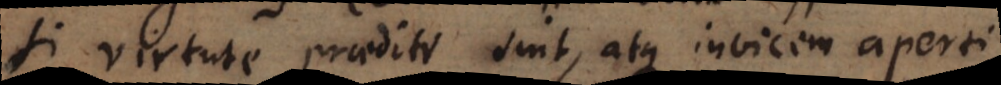
si virtute praediti sint, atque invicem aperti